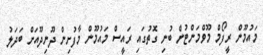
މައުމޫން ރީފޯމް މޫވްމަންޓުން ބުނި ގޮތުގައި ރައީސް މައުމޫން މާފުށިން ދޫނިދޫއަށް ބަދަލު